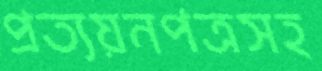
প্রত্যয়নপত্রসহ